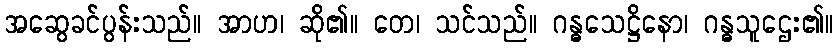
အဆွေခင်ပွန်းသည်။ အာဟ၊ ဆို၏။ တေ၊ သင်သည်။ ဂန္ဓသေဋ္ဌိနော၊ ဂန္ဓသူဌေး၏။